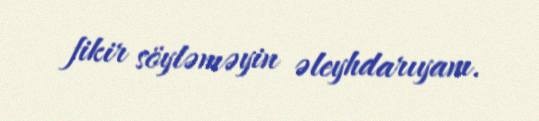
fikir söyləməyin əleyhdarıyam.